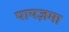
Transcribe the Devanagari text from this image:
पायज़मा